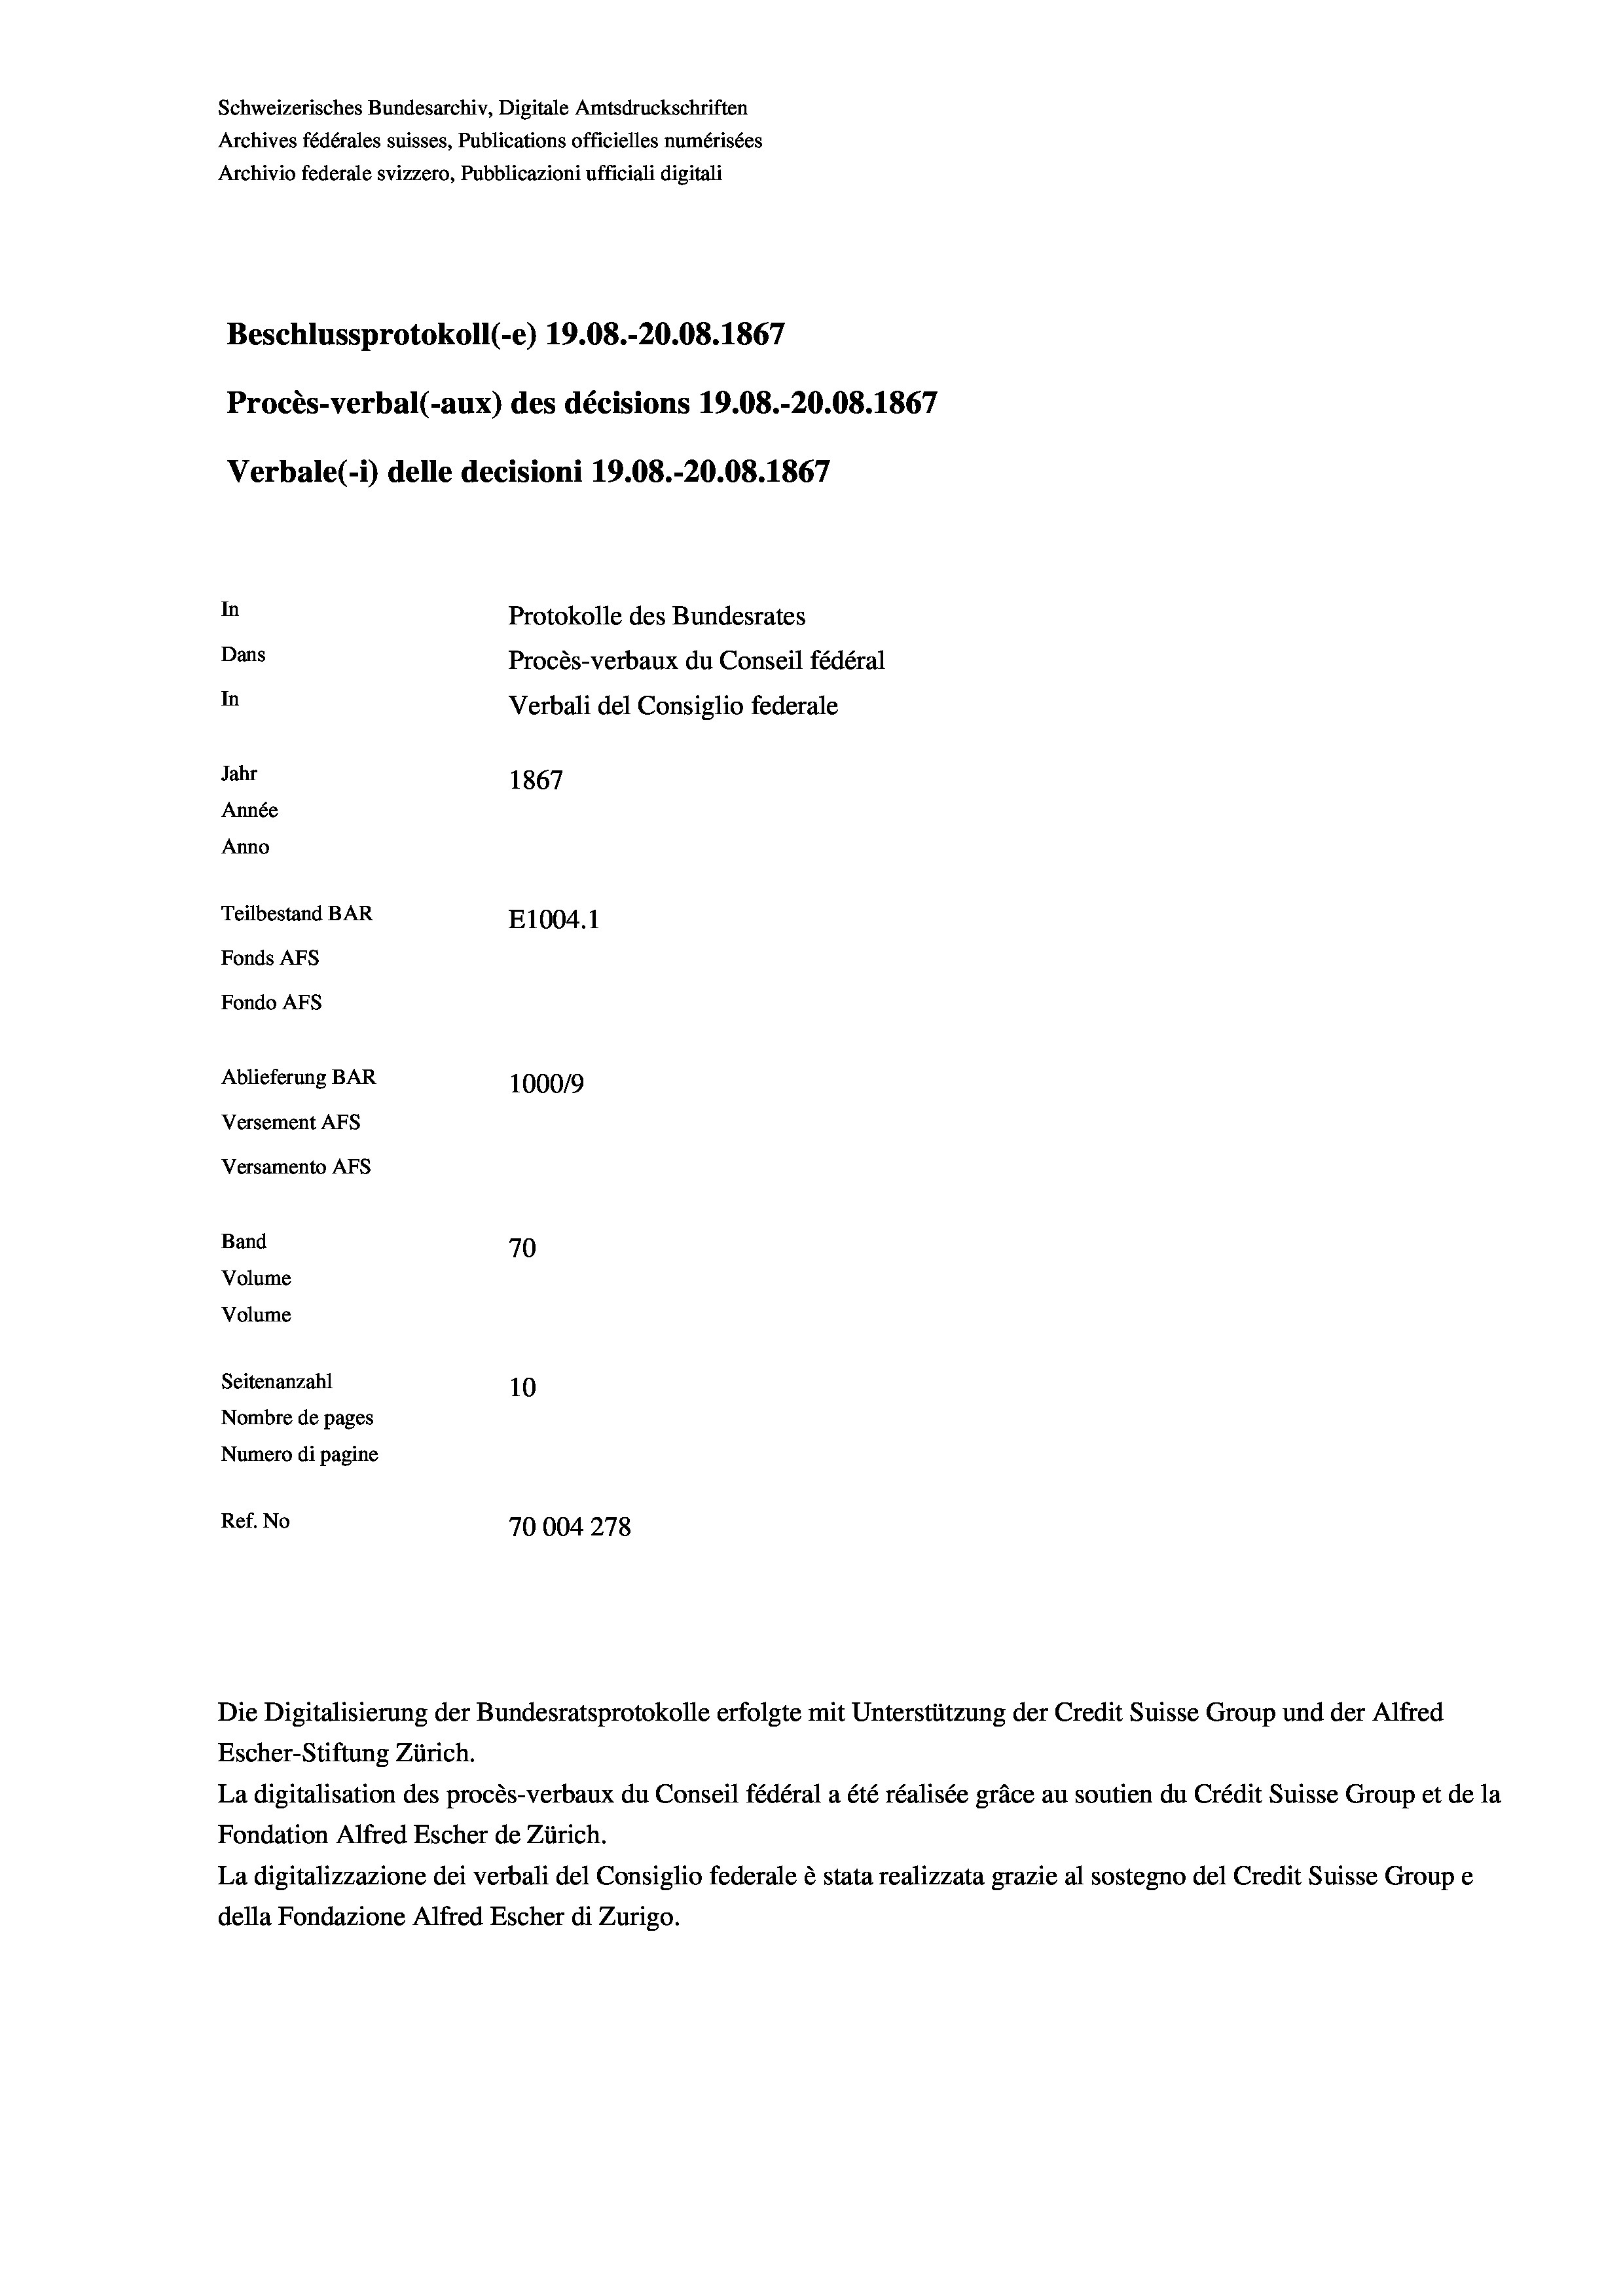
Schweizerisches Bundesarchiv, Digitale Amtsdruckschriften
Archives fédérales suisses, Publications officielles numérisées
Archivio federale svizzero, Pubblicazioni ufficiali digitali
Beschlussprotokoll (-e) 19.08.-20.08. 1867
Procès-verbal (-aux) des décisions 19.08.-20.08. 1867
Verbale (- 1) delle decisioni 19.08.-20.08. 1867
In
Protokolle des Bundesrates
Dans
Procès-verbaux du Conseil fédéral
In
Verbali del Consiglio federale
Jahr
1867
Année
Anno
Teilbestand BAR
E1004.1
Fonds AFs
Fondo AFS
Ablieferung BAR
100019
Versement AFs
Versamento AFs
Band
70
Volume
Volume
Seitenanzahl
10
Nombre de pages
Numero di pagine
Ref. No
70004278

Escher-Stiftung Zürich.
La digitalisation des procès-verbaux du Conseil fédéral a été réalisée gräce au soutien du Crédit Suisse Group et de la
Fondation Alfred Escher de Zürich.
La digitalizzazione dei verbali del Consiglio federale è stata realizzata grazie al sostegno del Credit Suisse Groupe
della Fondazione Alfred Escher di Zurigo.

Die Digitalisierung der Bundesratsprotokolle erfolgte mit Unterstützung der Credit Suisse Group und der Alfred